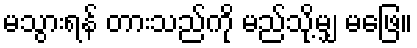
မသွားရန် တားသည်ကို မည်သို့မျှ မဖြေ။